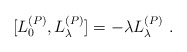
\begin{align*}[L^{(P)}_0,L^{(P)}_{\lambda}] = -\lambda L^{(P)}_{\lambda} \ .\end{align*}